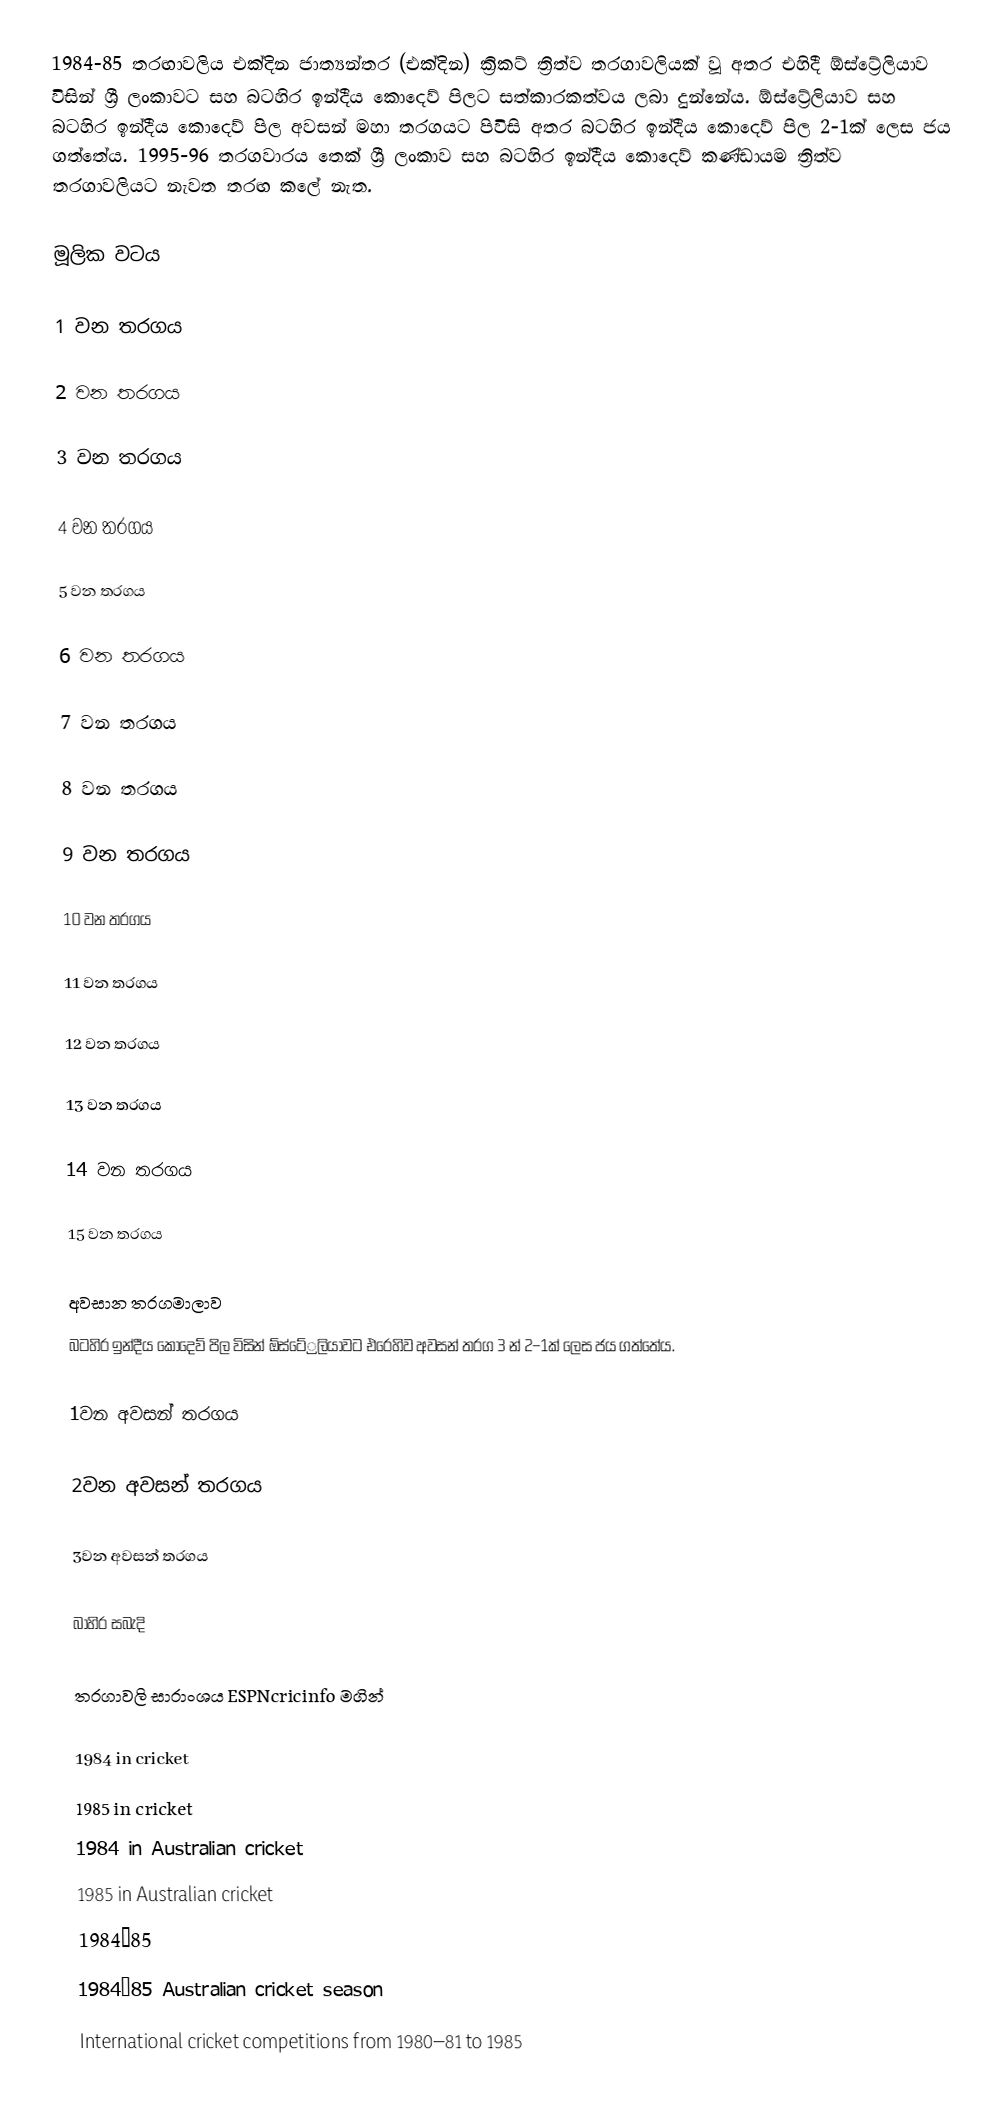
1984-85 තරඟාවලිය එක්දින ජාත්‍යන්තර (එක්දින) ක්‍රිකට් ත්‍රිත්ව තරගාවලියක් වූ අතර එහිදී ඕස්ට්‍රේලියාව විසින් ශ්‍රී ලංකාවට සහ බටහිර ඉන්දීය කොදෙව් පිලට සත්කාරකත්වය ලබා දුන්නේය. ඕස්ට්‍රේලියාව සහ බටහිර ඉන්දීය කොදෙව් පිල අවසන් මහා තරගයට පිවිසි අතර බටහිර ඉන්දීය කොදෙව් පිල 2-1ක් ලෙස ජය ගත්තේය. 1995-96 තරගවාරය තෙක් ශ්‍රී ලංකාව සහ බටහිර ඉන්දීය කොදෙව් කණ්ඩායම ත්‍රිත්ව තරගාවලියට නැවත තරඟ කලේ නැත.

මූලික වටය

1 වන තරගය

2 වන තරගය

3 වන තරගය

4 වන තරගය

5 වන තරගය

6 වන තරගය

7 වන තරගය

8 වන තරගය

9 වන තරගය

10 වන තරගය

11 වන තරගය

12 වන තරගය

13 වන තරගය

14 වන තරගය

15 වන තරගය

අවසාන තරගමාලාව
බටහිර ඉන්දීය කොදෙව් පිල විසින් ඕස්ටේ‍්‍රලියාවට එරෙහිව අවසන් තරග 3 න් 2–1ක් ලෙස ජය ගත්තේය.

1වන අවසන් තරගය

2වන අවසන් තරගය

3වන අවසන් තරගය

බාහිර සබැදි

 තරගාවලි සාරාංශය ESPNcricinfo මගින්

1984 in cricket
1985 in cricket
1984 in Australian cricket
1985 in Australian cricket
1984–85
1984–85 Australian cricket season
International cricket competitions from 1980–81 to 1985